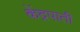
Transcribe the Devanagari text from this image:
केंद्रपाती